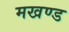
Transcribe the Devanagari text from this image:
मखण्ड